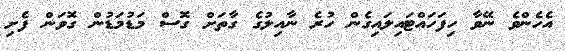
އެހެންވެ ނޭވާ ހިފަހައްޓައިލައިގެން ހުރެ ނާއިލުގެ ގާތަށް ގޮސް މަޑުމަޑުން ގޮވަން ފެށި